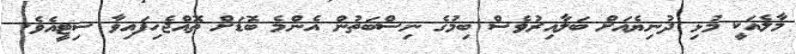
މާލެއަކީ މުޅި ދުނިޔެއަށް ބަލާއިރުވެސް ބިމުގެ ނިސްބަތުން އެންމެ ބޮޑަށް ތޮއްޖެހިފައިވާ ސިޓީއެވެ.